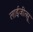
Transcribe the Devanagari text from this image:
लाईजीत्सू